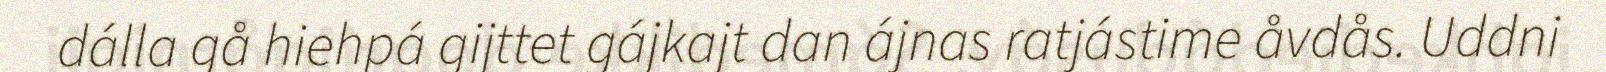
dálla gå hiehpá gijttet gájkajt dan ájnas ratjástime åvdås. Uddni